Civil Veterinary Dept. Bombay admin report 1932-41 - 1932-1941
Year: 1932
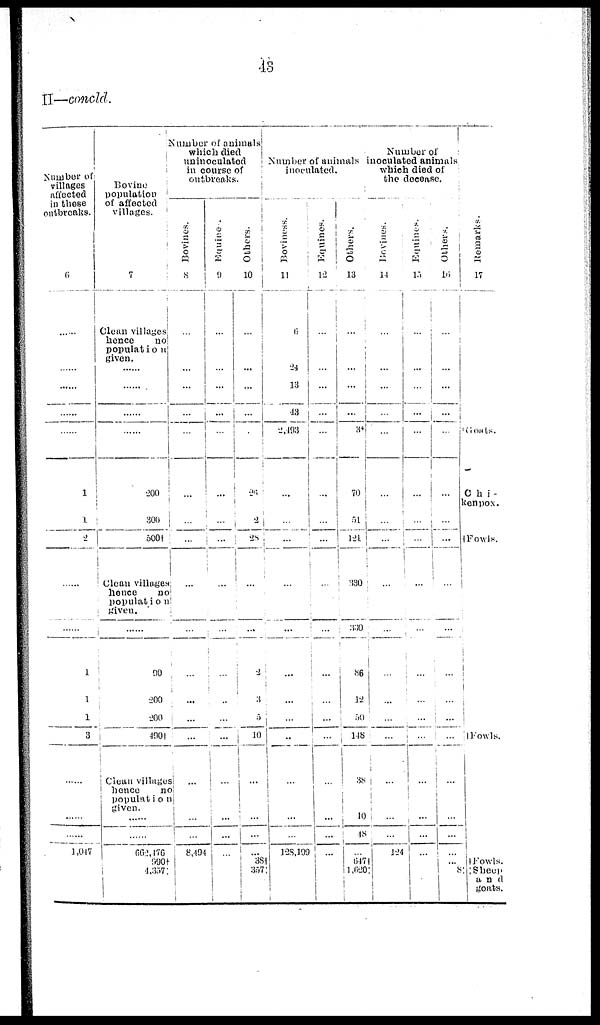
43
II—concld.
Number of
villages
affected
in these
outbreaks.
6
......
......
......
......
1
1
2
......
......
1
1
1
3
......
......
......
1,047
Bovine
population
of affected
villages.
7
Clean villages
hence
no
population
given.
......
......
......
......
200
300
500†
Clean villages
hence
no
population
given.
......
90
200
200
400†
Clean villages
hence
no
population
given.
......
662,476
990†
4,357†
Number of animals
which died
uninoculated
in course of
outbreaks.
Bovines.
8
...
...
...
...
...
...
...
...
...
...
...
...
...
...
...
...
...
8,494
Equine.
9
...
...
...
...
...
...
...
...
...
...
...
...
...
...
...
...
...
...
Others.
10
...
...
...
...
...
26
2
28
...
...
2
3
5
10
...
...
...
...
38†
357
Number of animals
inoculated.
Boviness.
11
6
24
13
43
2,493
...
...
...
...
...
...
...
...
...
...
...
...
128,199
Equines.
12
...
...
...
...
...
...
...
...
...
...
...
...
...
...
...
...
...
...
Others.
13
...
...
...
...
3*
70
51
121
330
330
86
12
50
148
38
10
48
...
647 †
1,620 †
Number of
inoculated animals
which died of
the decease.
Bovines.
14
...
...
...
...
...
...
...
...
...
...
...
...
...
...
...
...
...
124
Equines.
15
...
...
...
...
...
...
...
...
...
...
...
...
...
...
...
...
...
...
Others.
16
...
...
...
...
...
...
...
...
...
...
...
...
...
...
...
...
...
...
...
8
Remarks.
17
*Goats.
Chi-
kenpox.
†Fowls.
† Fowls.
†Fowls.
†Sheep
and
goats.